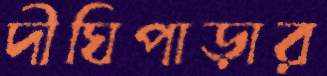
দীঘিপাড়ার